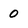
Character: 0